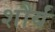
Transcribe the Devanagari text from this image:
शौर्यं